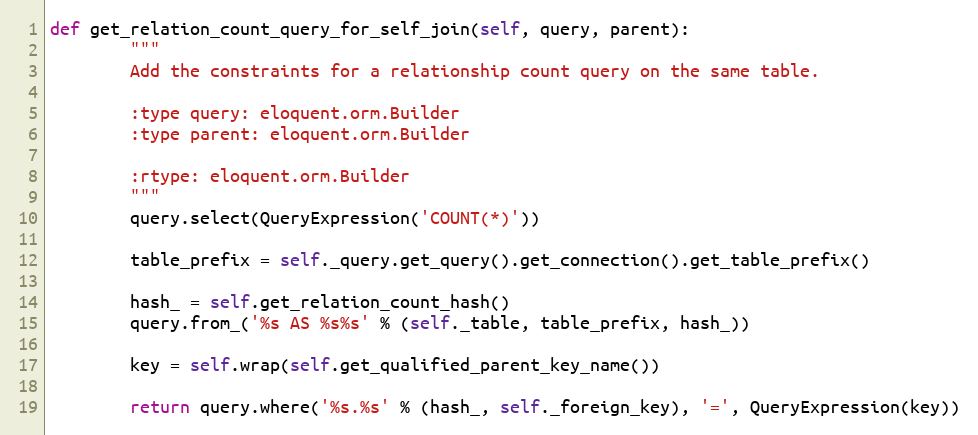
Language: Python
def get_relation_count_query_for_self_join(self, query, parent):
        """
        Add the constraints for a relationship count query on the same table.

        :type query: eloquent.orm.Builder
        :type parent: eloquent.orm.Builder

        :rtype: eloquent.orm.Builder
        """
        query.select(QueryExpression('COUNT(*)'))

        table_prefix = self._query.get_query().get_connection().get_table_prefix()

        hash_ = self.get_relation_count_hash()
        query.from_('%s AS %s%s' % (self._table, table_prefix, hash_))

        key = self.wrap(self.get_qualified_parent_key_name())

        return query.where('%s.%s' % (hash_, self._foreign_key), '=', QueryExpression(key))